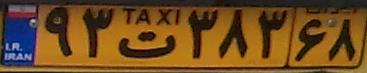
۹۳ت۳۸۳۶۸